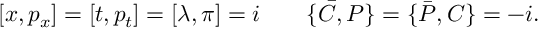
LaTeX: [ x , p _ { x } ] = [ t , p _ { t } ] = [ \lambda , \pi ] = i \qquad \{ { \bar { \cal C } } , { \cal P } \} = \{ { \bar { \cal P } } , { \cal C } \} = - i .